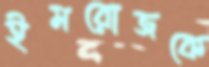
ইমরোজকে